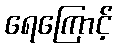
ရေကြောင့်